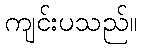
ကျင်းပသည်။